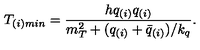
T _ { ( i ) m i n } = { \frac { h q _ { ( i ) } q _ { ( i ) } } { m _ { T } ^ { 2 } + ( q _ { ( i ) } + \bar { q } _ { ( i ) } ) / k _ { q } } } .